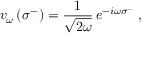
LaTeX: v _ { \omega } \left( \sigma ^ { - } \right) = { \frac { 1 } { \sqrt { 2 \omega } } } \, e ^ { - i \omega \sigma ^ { - } } \; ,